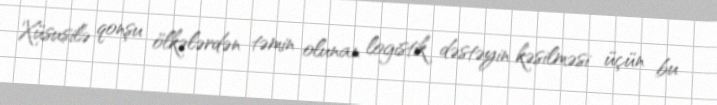
Xüsusilə qonşu ölkələrdən təmin olunan logistik dəstəyin kəsilməsi üçün bu